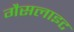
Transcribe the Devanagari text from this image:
गैसलाइट